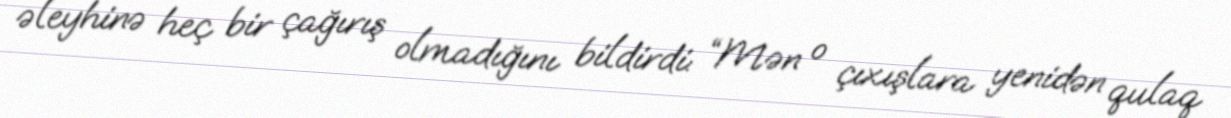
əleyhinə heç bir çağırış olmadığını bildirdi: “Mən o çıxışlara yenidən qulaq